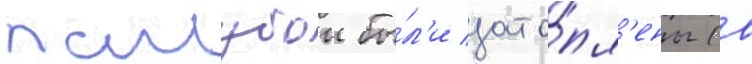
палубои бы́л'и зато́пл'ены (в